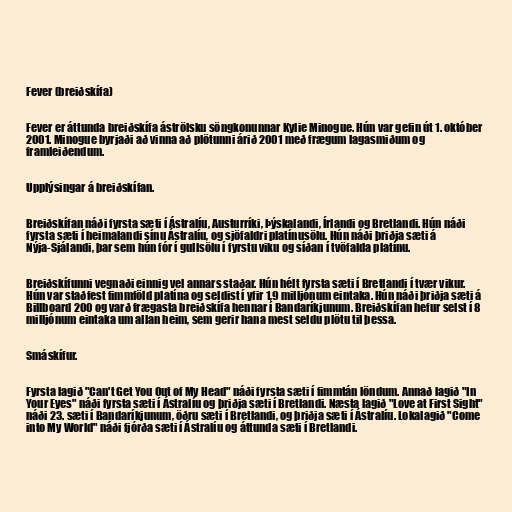
Fever (breiðskífa)

Fever er áttunda breiðskífa áströlsku söngkonunnar Kylie Minogue. Hún var gefin út 1. október
2001. Minogue byrjaði að vinna að plötunni árið 2001 með frægum lagasmiðum og
framleiðendum.

Upplýsingar á breiðskífan.

Breiðskífan náði fyrsta sæti í Ástralíu, Austurríki, Þýskalandi, Írlandi og Bretlandi. Hún náði
fyrsta sæti í heimalandi sínu Ástralíu, og sjöfaldri platínusölu. Hún náði þriðja sæti á
Nýja-Sjálandi, þar sem hún fór í gullsölu í fyrstu viku og síðan í tvöfalda platínu.

Breiðskífunni vegnaði einnig vel annars staðar. Hún hélt fyrsta sæti í Bretlandi í tvær vikur.
Hún var staðfest fimmföld platína og seldist í yfir 1,9 milljónum eintaka. Hún náði þriðja sæti á
Billboard 200 og varð frægasta breiðskífa hennar í Bandaríkjunum. Breiðskífan hefur selst í 8
milljónum eintaka um allan heim, sem gerir hana mest seldu plötu til þessa.

Smáskífur.

Fyrsta lagið "Can't Get You Out of My Head" náði fyrsta sæti í fimmtán löndum. Annað lagið "In
Your Eyes" náði fyrsta sæti í Ástralíu og þriðja sæti í Bretlandi. Næsta lagið "Love at First Sight"
náði 23. sæti í Bandaríkjunum, öðru sæti í Bretlandi, og þriðja sæti í Ástralíu. Lokalagið "Come
into My World" náði fjórða sæti í Ástralíu og áttunda sæti í Bretlandi.